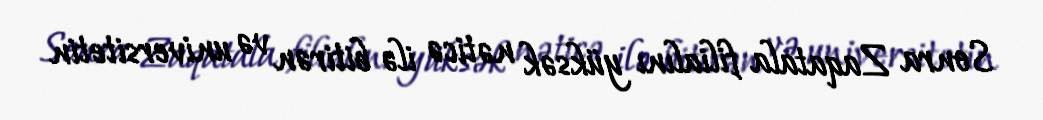
Sonra Zaqatala filialını yüksək nəticə ilə bitirən və universitetin